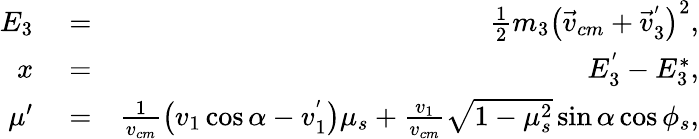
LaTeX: \begin{array}{rlr}{E_{3}}&{{}=}&{\frac{1}{2}m_{3}\left(\vec{v}_{cm}+\vec{v}_{3}^{'}\right)^{2},}\\ {x}&{{}=}&{E_{3}^{'}-E_{3}^{*},}\\ {\mu^{\prime}}&{{}=}&{\frac{1}{v_{cm}}\left(v_{1}\cos\alpha-v_{1}^{'}\right)\mu_{s}+\frac{v_{1}}{v_{cm}}\sqrt{1-\mu_{s}^{2}}\sin\alpha\cos\phi_{s},}\end{array}